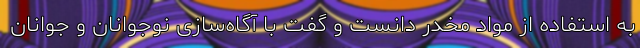
به استفاده از مواد مخدر دانست و گفت با آگاه‌سازی نوجوانان و جوانان